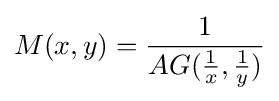
M(x,y)={\frac {1}{AG({\frac {1}{x}},{\frac {1}{y}})}}